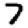
Digit: 7